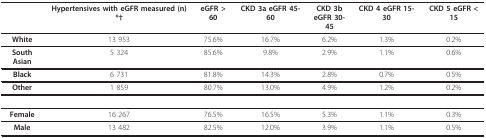
<table><thead><tr><td></td><td><b>Hypertensives with eGFR measured (n)*†</b></td><td><b>eGFR &gt; 60</b></td><td><b>CKD 3a eGFR 45-60</b></td><td><b>CKD 3beGFR 30-45</b></td><td><b>CKD 4 eGFR 15-30</b></td><td><b>CKD 5 eGFR &lt; 15</b></td></tr></thead><tbody><tr><td><b>White</b></td><td>13 953</td><td>75.6%</td><td>16.7%</td><td>6.2%</td><td>1.3%</td><td>0.2%</td></tr><tr><td><b>South Asian</b></td><td>5 324</td><td>85.6%</td><td>9.8%</td><td>2.9%</td><td>1.1%</td><td>0.6%</td></tr><tr><td><b>Black</b></td><td>6 731</td><td>81.8%</td><td>14.3%</td><td>2.8%</td><td>0.7%</td><td>0.5%</td></tr><tr><td><b>Other</b></td><td>1 859</td><td>80.7%</td><td>13.0%</td><td>4.9%</td><td>1.2%</td><td>0.2%</td></tr><tr><td><b>Female</b></td><td>16 267</td><td>76.5%</td><td>16.5%</td><td>5.3%</td><td>1.1%</td><td>0.3%</td></tr><tr><td><b>Male</b></td><td>13 482</td><td>82.5%</td><td>12.0%</td><td>3.9%</td><td>1.1%</td><td>0.5%</td></tr></tbody></table>